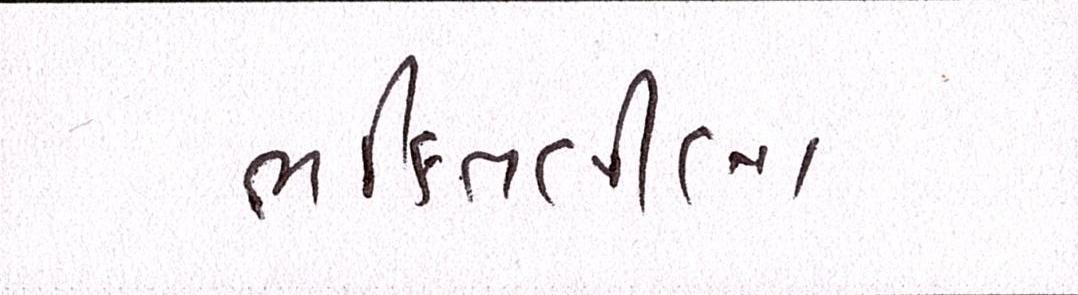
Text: ભક્તિલીલા